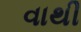
વાથી